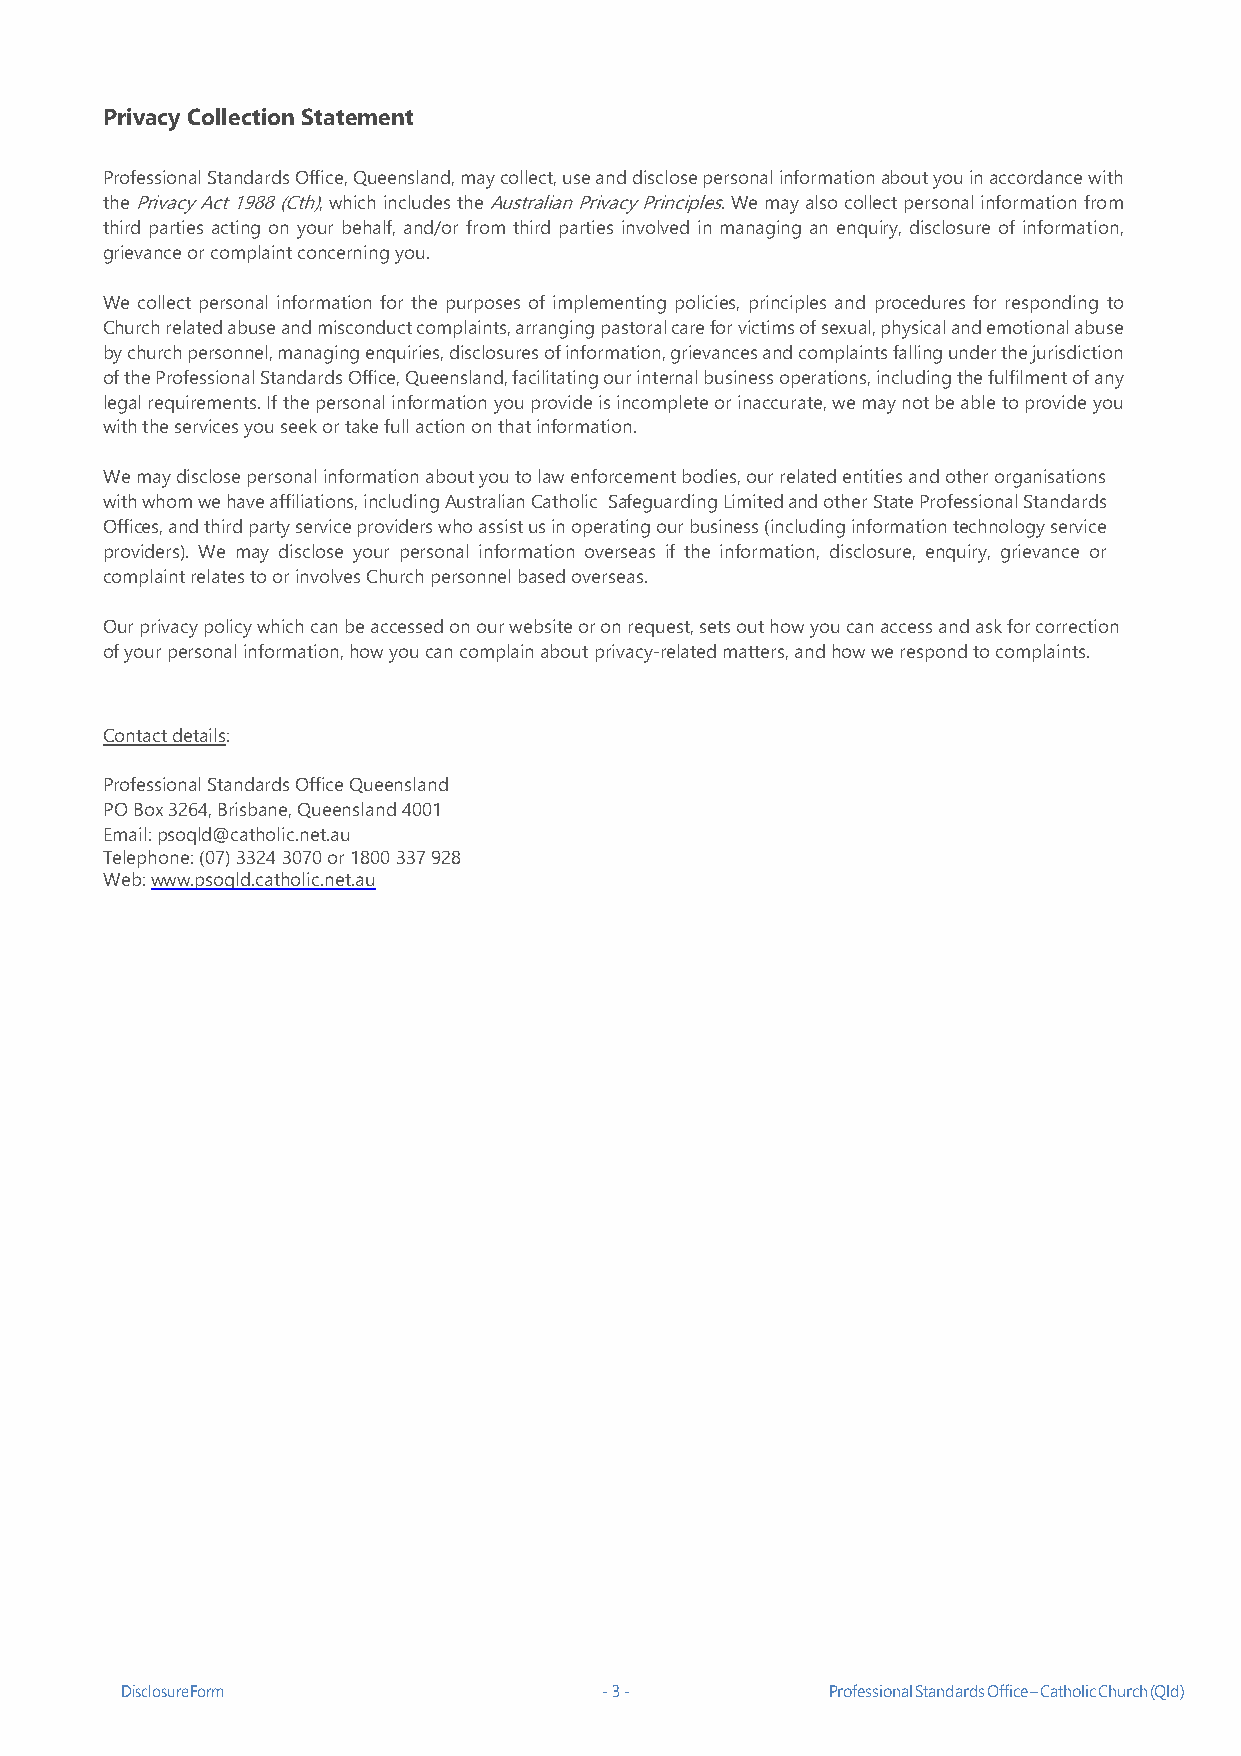
Privacy Collection Statement
 Professional Standards Office, Queensland, may collect, use and disclose personal information about you in accordance with
 the Privacy Act 1988 (Cth), which includes the Australian Privacy Principles. We may also collect personal information from
 third parties acting on your behalf, and/or from third parties involved in managing an enquiry, disclosure of information,
 grievance or complaint concerning you.
 We collect personal information for the purposes of implementing policies, principles and procedures for responding to
 Church related abuse and misconduct complaints, arranging pastoral care for victims of sexual, physical and emotional abuse
 by church personnel, managing enquiries, disclosures of information, grievances and complaints falling under the jurisdiction
 of the Professional Standards Office, Queensland, facilitating our internal business operations, including the fulfilment of any
 legal requirements. If the personal information you provide is incomplete or inaccurate, we may not be able to provide you
 with the services you seek or take full action on that information.
 We may disclose personal information about you to law enforcement bodies, our related entities and other organisations
 with whom we have affiliations, including Australian Catholic Safeguarding Limited and other State Professional Standards
 Offices, and third party service providers who assist us in operating our business (including information technology service
 providers). We may disclose your personal information overseas if the information, disclosure, enquiry, grievance or
 complaint relates to or involves Church personnel based overseas.
 Our privacy policy which can be accessed on our website or on request, sets out how you can access and ask for correction
 of your personal information, how you can complain about privacy-related matters, and how we respond to complaints.
 Contact details:
 Professional Standards Office Queensland
 PO Box 3264, Brisbane, Queensland 4001
 Email: psoqld@catholic.net.au
 Telephone: (07) 3324 3070 or 1800 337 928
 Web: www.psoqld.catholic.net.au
 Disclosure Form                 - 3 -          Professional Standards Office – Catholic Church (Qld)